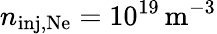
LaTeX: n_{\mathrm{inj,Ne}}=10^{19}\, \mathrm{m^{-3}}